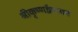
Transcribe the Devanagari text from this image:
श्रीकृष्णद्वैपायन